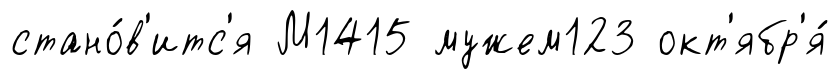
стано́в'итс'я М1415 мужем123 окт'ябр'я́